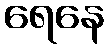
ရေနေ